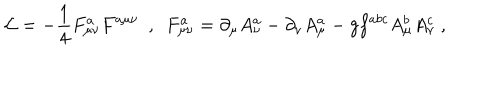
LaTeX: { \cal L } = - \frac { 1 } { 4 } F _ { \mu \nu } ^ { a } F ^ { a \mu \nu } \ \ , \ \ F _ { \mu \nu } ^ { a } = \partial _ { \mu } A _ { \nu } ^ { a } - \partial _ { \nu } A _ { \mu } ^ { a } - g f ^ { a b c } A _ { \mu } ^ { b } A _ { \nu } ^ { c } \ ,